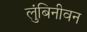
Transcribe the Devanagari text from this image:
लुंबिनीवन